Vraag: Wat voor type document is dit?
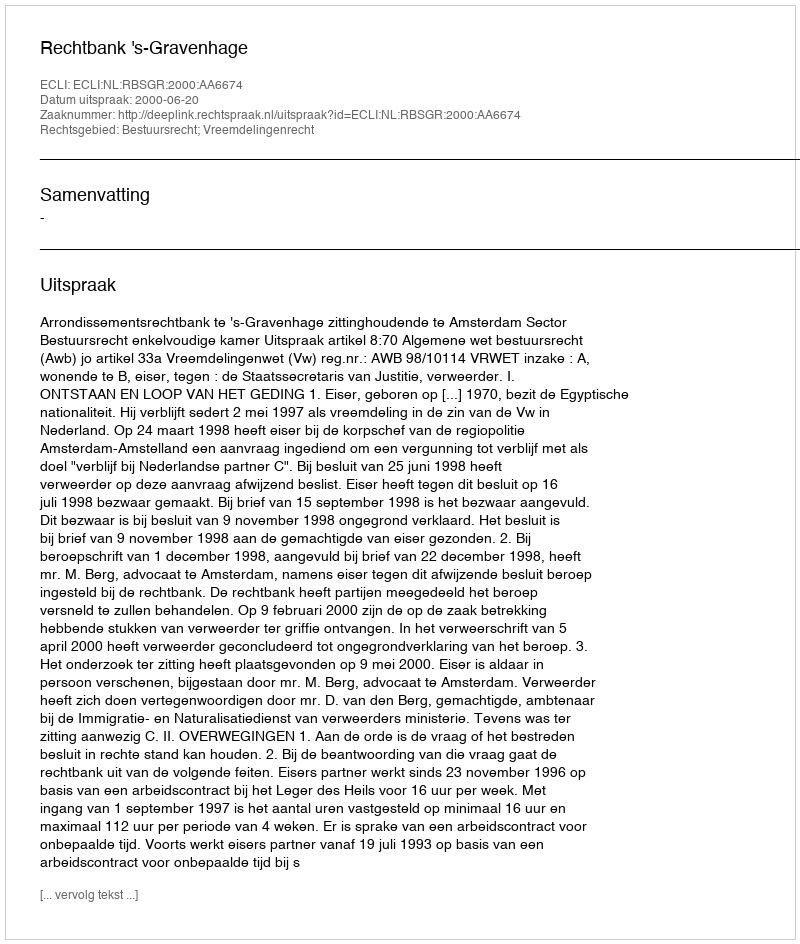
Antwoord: Uitspraak